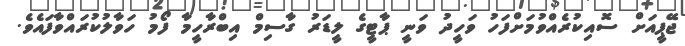
ޖޭޕީއަށް ސޮއިކުރެއްވުމަށްފަހު ވަހީދު ވަނީ ޕާޓީގެ ލީޑަރު ގާސިމް އިބްރާހީމާ ފޯމު ހަވާލުކުރައްވާފައެވެ.